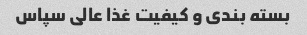
بسته بندی و کیفیت غذا عالی سپاس